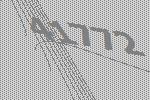
41772